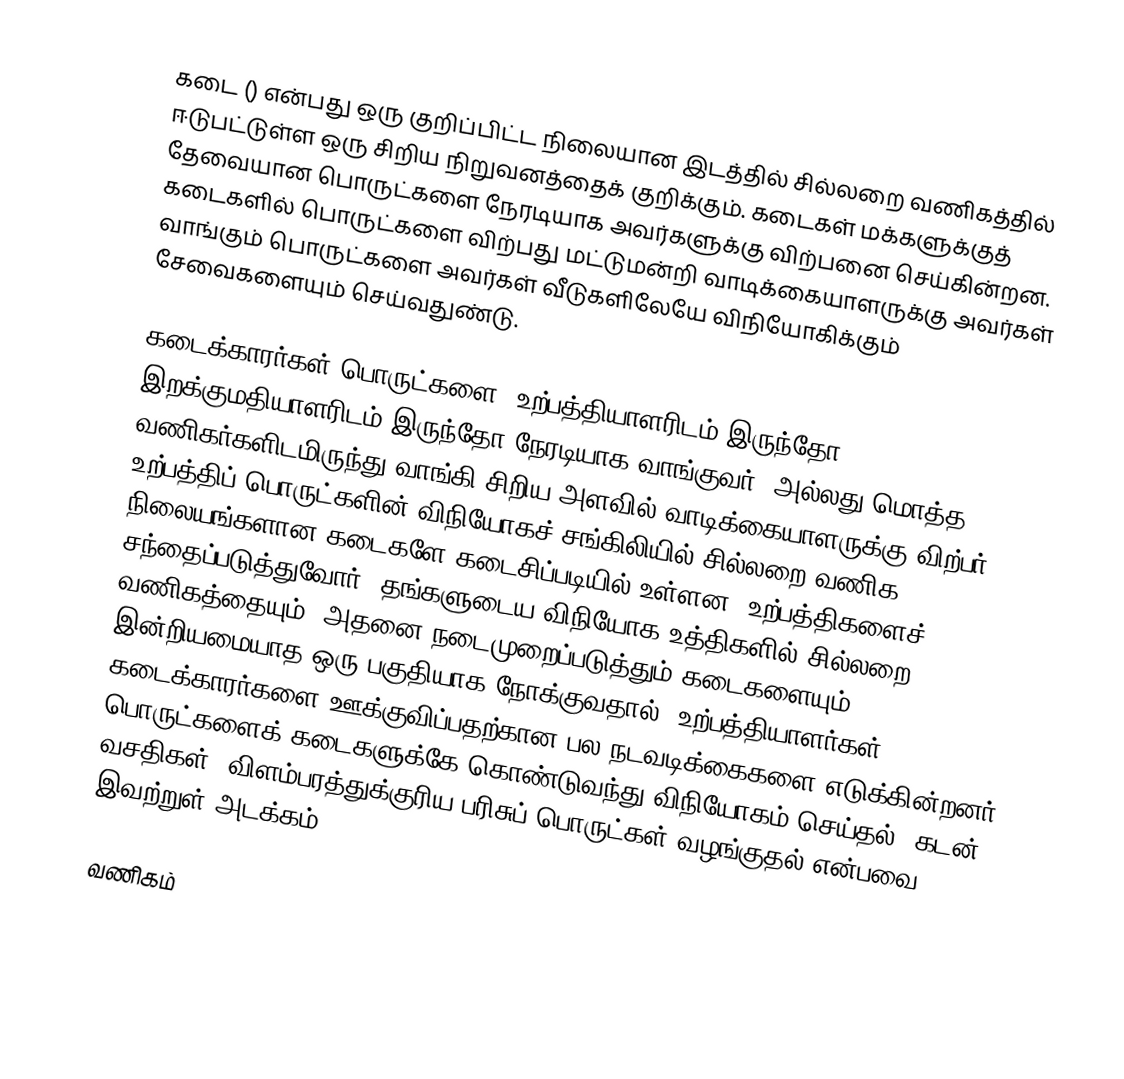
கடை () என்பது ஒரு குறிப்பிட்ட நிலையான இடத்தில் சில்லறை வணிகத்தில் ஈடுபட்டுள்ள ஒரு சிறிய நிறுவனத்தைக் குறிக்கும். கடைகள் மக்களுக்குத் தேவையான பொருட்களை நேரடியாக அவர்களுக்கு விற்பனை செய்கின்றன. கடைகளில் பொருட்களை விற்பது மட்டுமன்றி வாடிக்கையாளருக்கு அவர்கள் வாங்கும் பொருட்களை அவர்கள் வீடுகளிலேயே விநியோகிக்கும் சேவைகளையும் செய்வதுண்டு.

கடைக்காரர்கள் பொருட்களை, உற்பத்தியாளரிடம் இருந்தோ, இறக்குமதியாளரிடம் இருந்தோ நேரடியாக வாங்குவர், அல்லது மொத்த வணிகர்களிடமிருந்து வாங்கி சிறிய அளவில் வாடிக்கையாளருக்கு விற்பர். உற்பத்திப் பொருட்களின் விநியோகச் சங்கிலியில் சில்லறை வணிக நிலையங்களான கடைகளே கடைசிப்படியில் உள்ளன. உற்பத்திகளைச் சந்தைப்படுத்துவோர், தங்களுடைய விநியோக உத்திகளில் சில்லறை வணிகத்தையும், அதனை நடைமுறைப்படுத்தும் கடைகளையும் இன்றியமையாத ஒரு பகுதியாக நோக்குவதால், உற்பத்தியாளர்கள் கடைக்காரர்களை ஊக்குவிப்பதற்கான பல நடவடிக்கைகளை எடுக்கின்றனர். பொருட்களைக் கடைகளுக்கே கொண்டுவந்து விநியோகம் செய்தல், கடன் வசதிகள், விளம்பரத்துக்குரிய பரிசுப் பொருட்கள் வழங்குதல் என்பவை இவற்றுள் அடக்கம்.

வணிகம்